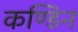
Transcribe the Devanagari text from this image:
कण्डिन